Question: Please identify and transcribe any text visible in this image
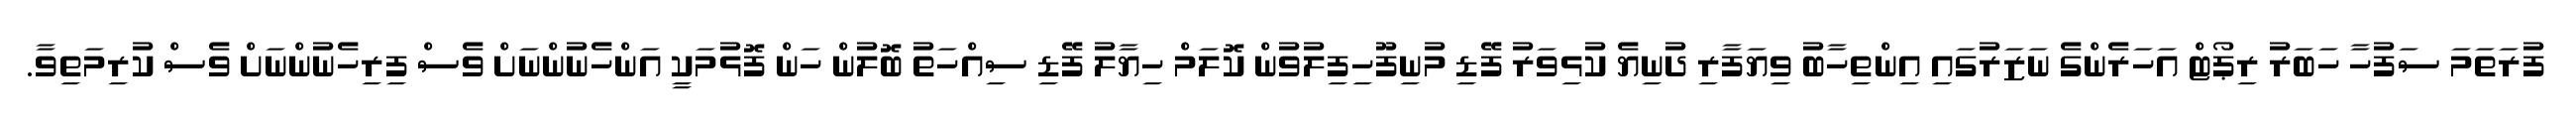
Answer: ފުރަތަމަ ސަފުހާ ހަބަރު ރިޕޯޓް އަހަރެންގެ ނަޒަރުގައި އިންތިހާބު ވިޔަފާރި ދުނިޔެ ކުޅިވަރު ފޭޑި މުނިފޫހިފިލުވުން ކޮލަމް ހިޔާލު ފޭޑި ސިއްހަތު ބޮލުން ހަން ފޮޅުމަކީ އަންހެނުންނަށް ވެސް ފިރިހެނުންނަށް ވެސް ކުރިމަތިވާ.